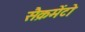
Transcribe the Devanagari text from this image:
सैक्रमेंटो